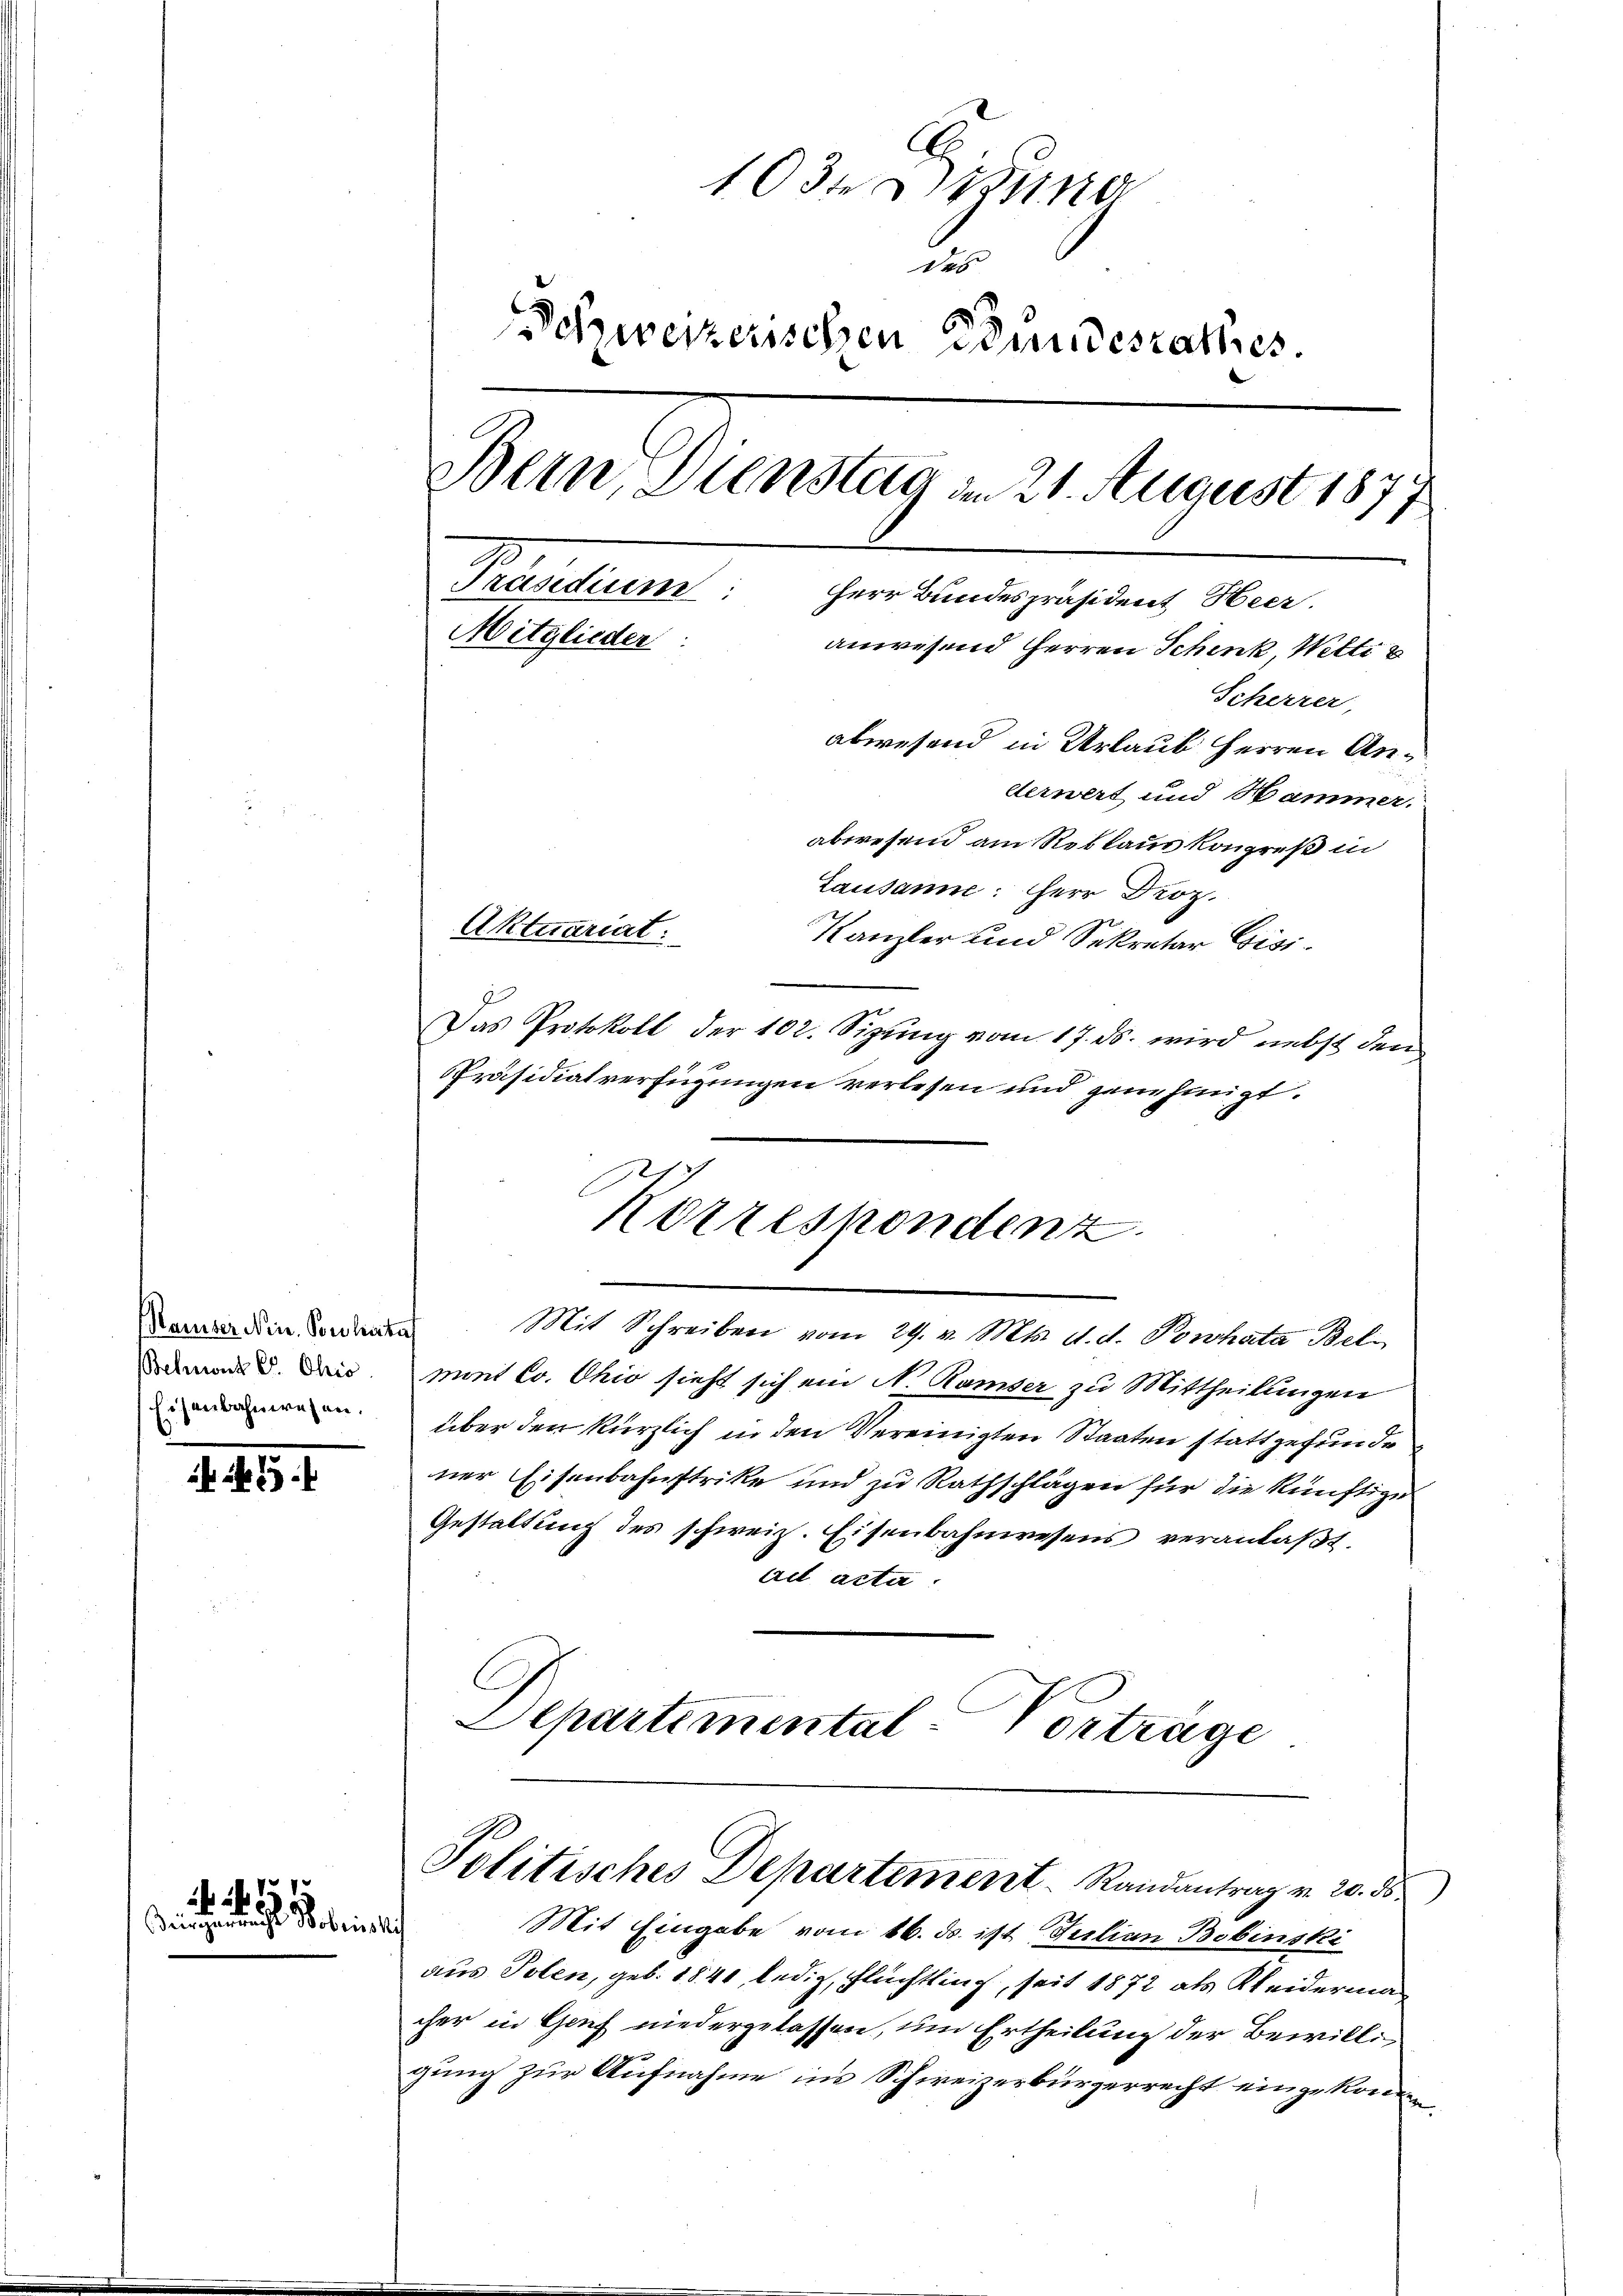
Ramber Nin. Poliata
Behnont C. Ohio
Eisenbahnwesen.

.
 etlich eine

1030
.
Schweizerischen Bundesrathes.
Bern, Dienstata am 21. August 18
Secretun
Herr Bundespräsident Heer.
Mitglieder
anwesend Herren Schenk Wetti
Scherrer,
abwesend in Urlaub Herren Anderwert und Hammer.
abwesend am Reklaus Kongreß in
Lausanne: Herr Droz.
Aktuariat:
Kanzler und Sekretär Gisi¬

Das Protokoll der 102. Sizung vom 17. ds. wird nebst den
Präsidialverfügungen verlesen und genehmigt.

Korrespondenz

Mit Schreiben vom 29. v. Mts. d. d. Powhata Beli
mont co. Chio sieht sich ein N. Ramser zu Mittheilungen
über den kürzlich in den Vereinigten Staaten stattgefunde
ner Eisenbahnstrike und zu Rathschlägen für die künftige
Gestaltung des schweiz. Eisenbahnwesens veranlaßt.
ail acta.
Aepartimental-Vortrage

Politisches Departement Randantrag v. 20. ds.
Mit Eingabe vom 16. ds. ist Julian Bobinski

aus Polen, geb. 1840, ledig, Flüchtling, seit 1872 als Kleidermacher in Genf niedergelassen, um Ertheilung der Bewilligung zur Aufnahme in Schweizerbürgerrecht eingekom¬